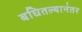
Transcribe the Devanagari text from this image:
बघितल्यानंतर